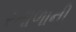
રતાળાની